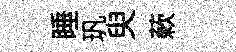
睡㺬臾蔌